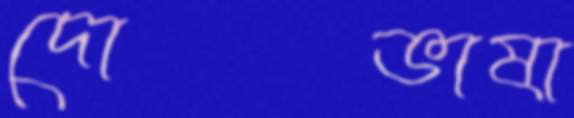
দোভাষা